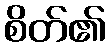
စိတ်၏